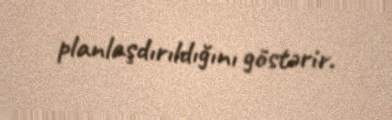
planlaşdırıldığını göstərir.